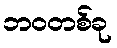
ဘဝတစ်ခု